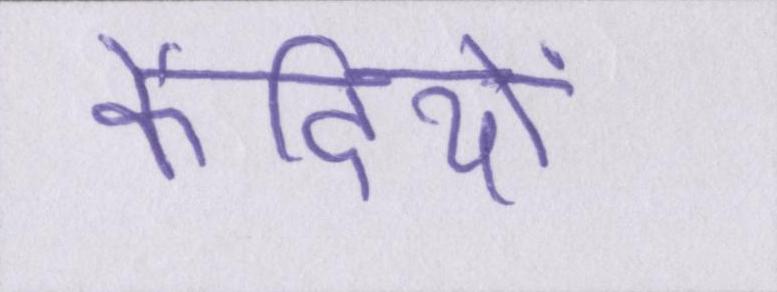
कैदियों